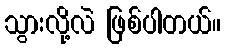
သွားလို့လဲ ဖြစ်ပါတယ်။